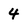
Character: 4